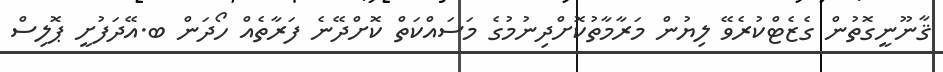
ޤާނޫނީގޮތުން ގެޒެޓްކުރެވޭ ލިޔުން މަރާމާތުކޮށްދިނުމުގެ މަސައްކަތް ކޮށްދޭނެ ފަރާތެއް ހޯދަން ބ.އޭދަފުށީ ޕޮލިސް